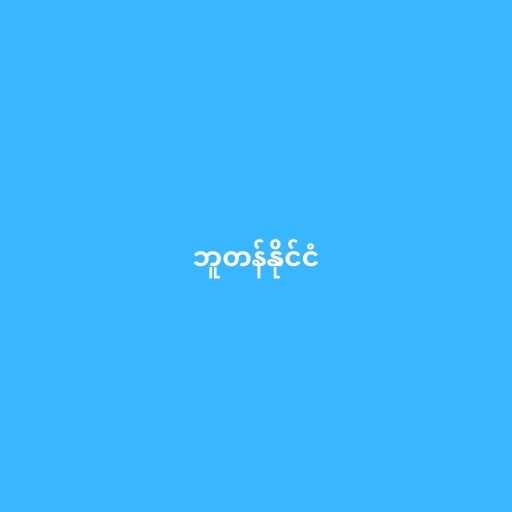
ဘူတန်နိုင်ငံ